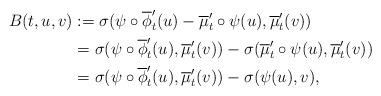
LaTeX: \begin{align*}B(t,u,v)&:=\sigma(\psi\circ \overline{\phi}'_t(u)-\overline{\mu}'_t\circ \psi(u),\overline{\mu}'_t(v))\\&=\sigma(\psi\circ \overline{\phi}'_t(u),\overline{\mu}'_t(v))-\sigma(\overline{\mu}'_t\circ \psi(u),\overline{\mu}'_t(v))\\&=\sigma(\psi\circ \overline{\phi}'_t(u),\overline{\mu}'_t(v))-\sigma(\psi(u),v),\end{align*}